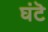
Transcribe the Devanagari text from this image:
घंटॆ